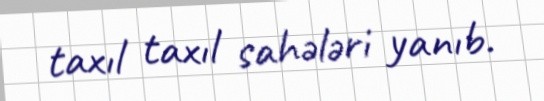
taxıl taxıl sahələri yanıb.